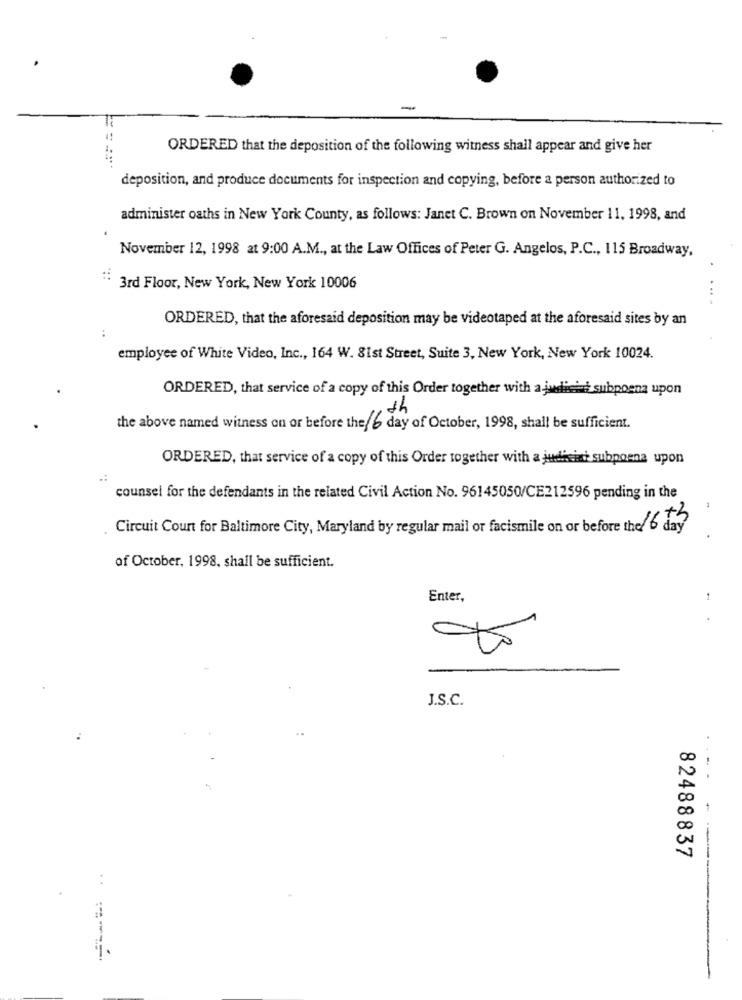
-
ORDERED that the deposition of the following witness shall appear and give her
deposition, and produce documents for inspection and copying, before a person authorized to
administer oaths in New York County, as follows: Janet C. Brown on November 11, 1998, and
November 12, 1998 at 9:00 A.M ., at the Law Offices of Peter G. Angelos, P.C ., 115 Broadway,
.
3rd Floor, New York, New York 10006
ORDERED, that the aforesaid deposition may be videotaped at the aforesaid sites by an
..
employee of White Video, Inc ., 164 W. 81st Street, Suite 3, New York, New York 10024.
ORDERED, that service of a copy of this Order together with a judicia subpoena upon
th
the above named witness on or before the 6 day of October, 1998, shall be sufficient.
ORDERED, that service of a copy of this Order together with a judisint subpoena upon
counsel for the defendants in the related Civil Action No. 96145050/CE212596 pending in the
Circuit Court for Baltimore City, Maryland by regular mail or facismile on or before the 6 day
of October, 1998, shall be sufficient.
Enter,
1
J.S.C.
20
50
82488837
- --
: